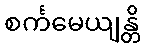
စင်္ကမေယျန္တိ